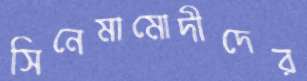
সিনেমামোদীদের